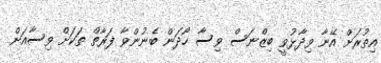
އިތުރަށް އޭނާ ވިދާޅުވީ ބިޒްނަސް ވިސާ ހޯދަން ބެނުންވާ ފަރާތް ތަކަށް ވިސާއަށް